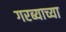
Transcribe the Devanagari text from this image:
गरब्याच्या